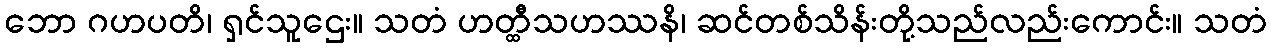
ဘော ဂဟပတိ၊ ရှင်သူဌေး။ သတံ ဟတ္ထီသဟဿနိ၊ ဆင်တစ်သိန်းတို့သည်လည်းကောင်း။ သတံ